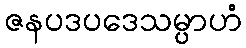
ဇနပဒပဒေသမ္ပာဟံ